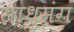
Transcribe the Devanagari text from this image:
साधुसंग